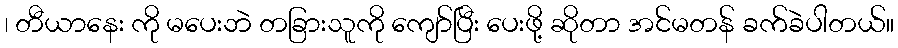
၊ တီယာနေး ကို မပေးဘဲ တခြားသူကို ကျော်ပြီး ပေးဖို့ ဆိုတာ အင်မတန် ခက်ခဲပါတယ်။